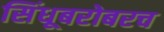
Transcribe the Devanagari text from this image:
सिंधूबरोबरच